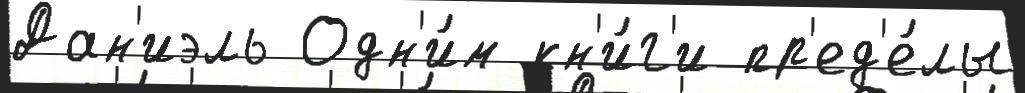
Дан'иэль Одн'и́м кн'и́г'и пр'ед'е́лы